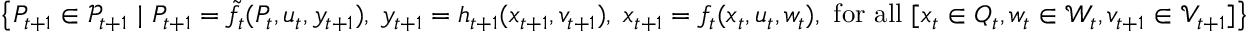
\big \{ P _ { t + 1 } \in \mathcal { P } _ { t + 1 } ~ | ~ P _ { t + 1 } = \tilde { f } _ { t } ( P _ { t } , u _ { t } , y _ { t + 1 } ) , \; y _ { t + 1 } = h _ { t + 1 } ( x _ { t + 1 } , v _ { t + 1 } ) , \; x _ { t + 1 } = f _ { t } ( x _ { t } , u _ { t } , w _ { t } ) , \mathrm { ~ f o r ~ a l l ~ } [ x _ { t } \in Q _ { t } , w _ { t } \in \mathcal { W } _ { t } , v _ { t + 1 } \in \mathcal { V } _ { t + 1 } ] \big \}